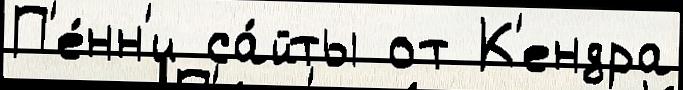
П'е́нн'и са́йты от К'ендра